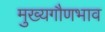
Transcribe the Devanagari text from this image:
मुख्यगौणभाव